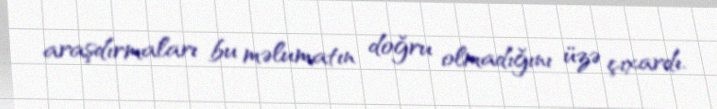
araşdırmaları bu məlumatın doğru olmadığını üzə çıxardı.